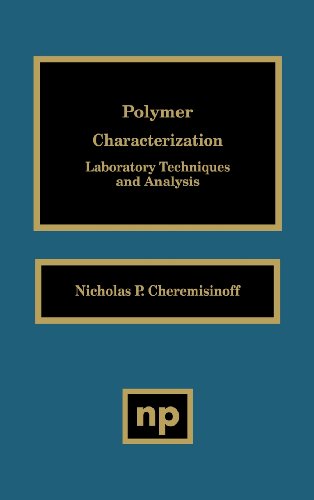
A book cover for Polymer Characterization: Laboratory Techniques and Analysis; Nicholas P. Cheremisinoff; Science & Math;